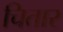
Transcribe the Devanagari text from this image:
चितार